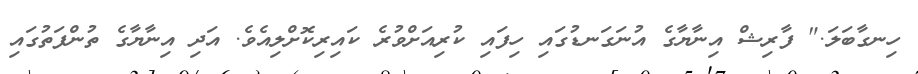
ހިނގާބަލަ." ފާރިޝް އިނާޔާގެ އުނަގަނޑުގައި ހިފައި ކުރިއަށްވުރެ ކައިރިކޮށްލިއެވެ. އަދި އިނާޔާގެ ތުންފަތުގައި